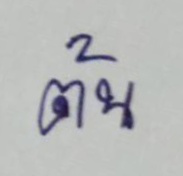
ต้น